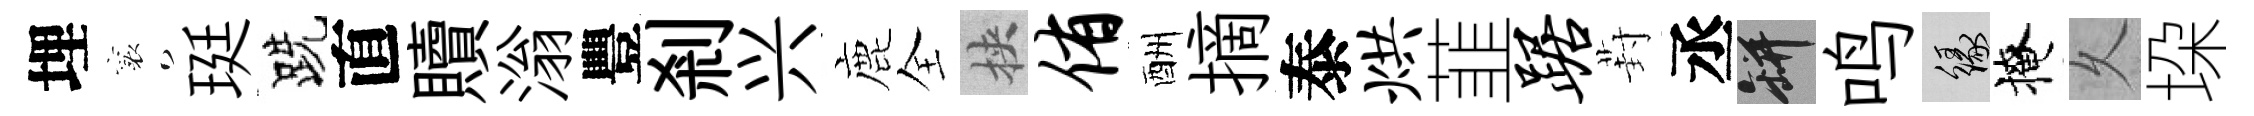
埋襄珽跣直贖滃豐剎兴鹿全挾侑酬摘泰烘韮踞葑丞瓶鸣緣掩乆垜